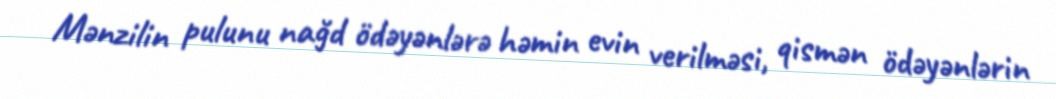
Mənzilin pulunu nağd ödəyənlərə həmin evin verilməsi, qismən ödəyənlərin